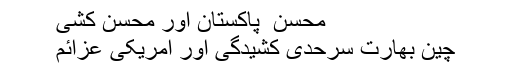
محسن ِ پاکستان اور محسن کشی
چین بھارت سرحدی کشیدگی اور امریکی عزائم